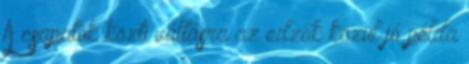
A csapatok közti váltásra az edzők közül jó példa